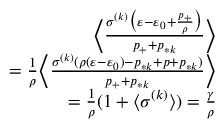
\begin{array} { r } { \Big \langle \frac { \sigma ^ { ( k ) } \big ( \varepsilon - \varepsilon _ { 0 } + \frac { p _ { + } } { \rho } \big ) } { p _ { + } + p _ { * k } } \Big \rangle } \\ { = \frac { 1 } { \rho } \Big \langle \frac { \sigma ^ { ( k ) } ( \rho ( \varepsilon - \varepsilon _ { 0 } ) - p _ { * k } + p + p _ { * k } ) } { p _ { + } + p _ { * k } } \Big \rangle } \\ { = \frac { 1 } { \rho } ( 1 + \langle \sigma ^ { ( k ) } \rangle ) = \frac { \gamma } { \rho } } \end{array}